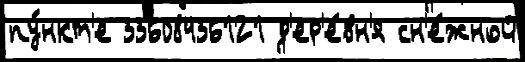
пу́нкт'е 33608436121 д'ер'е́вн'я сн'е́жной